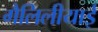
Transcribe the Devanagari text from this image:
गैलिलीयाई